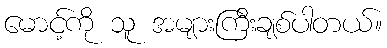
မောင့်ကို သူ အများကြီးချစ်ပါတယ်။